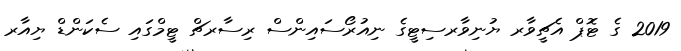
2019 ގެ ޓޮޕް އެޗީވާރ ޔުނިވާރސިޓީގެ ނިއުރޯސައިންސް ރިސާރޗް ޓީމްގައި ސެކަންޑް ޔިއާރ